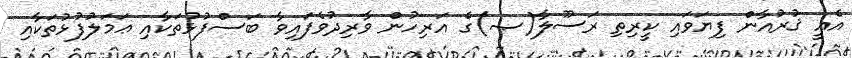
އެއީ ޤުރުއާން ފިޔަވައި ކީރިތި ރަސޫލާ(ޞ)ގެ އަރިހުން ވާރިދުވެފައިވާ ބަސްފުޅުތަކާއި ޢަމަލުފުޅުތަކާއި